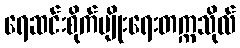
ရေဆင်းစိုက်ပျိုးရေးတက္ကသိုလ်